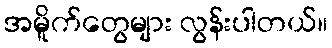
အမိူက်တွေများ လွန်းပါတယ်။